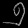
Digit: ၅